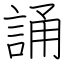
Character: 誦